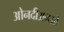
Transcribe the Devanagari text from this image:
ओनदीअनओ